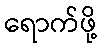
ရောက်ဖို့